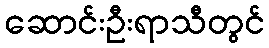
ဆောင်းဦးရာသီတွင်